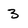
Character: 3